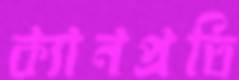
ক্যানপ্রতি